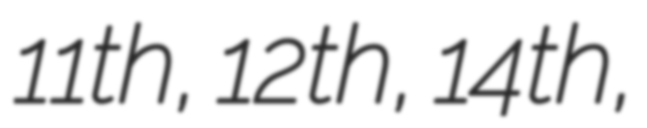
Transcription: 11th, 12th, 14th,